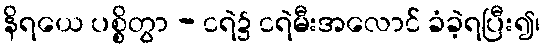
နိရယေ ပစ္စိတွာ - ငရဲ၌ ငရဲမီးအလောင် ခံခဲ့ရပြီး၍၊